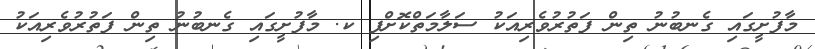
މާފުށީގައި ގެނބުނު ތިން ފަތުރުވެރިއަކު ސަލާމަތްކޮށްފި ކ. މާފުށީގައި ގެނބުނު ތިން ފަތުރުވެރިއަކު